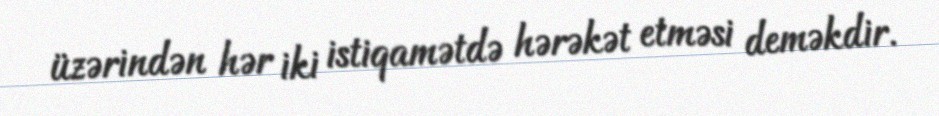
üzərindən hər iki istiqamətdə hərəkət etməsi deməkdir.